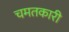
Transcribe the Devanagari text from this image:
चमतकारी